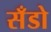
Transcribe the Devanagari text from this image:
सँडो